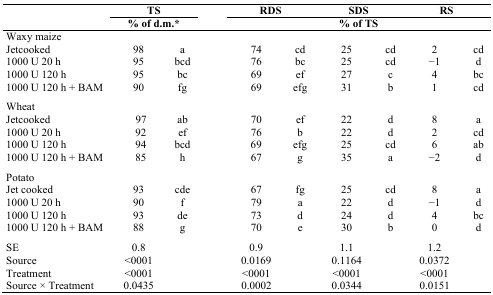
<table><thead><tr><td></td><td colspan="2"><b>TS</b></td><td colspan="2"><b>RDS</b></td><td colspan="2"><b>SDS</b></td><td colspan="2"><b>RS</b></td></tr><tr><td></td><td colspan="2"><b>% of d.m.*</b></td><td colspan="6"><b>% of TS</b></td></tr></thead><tbody><tr><td colspan="9">Waxy maize</td></tr><tr><td>Jetcooked</td><td>98</td><td>a</td><td>74</td><td>cd</td><td>25</td><td>cd</td><td>2</td><td>cd</td></tr><tr><td>1000 U 20 h</td><td>95</td><td>bcd</td><td>76</td><td>bc</td><td>25</td><td>cd</td><td>−1</td><td>d</td></tr><tr><td>1000 U 120 h</td><td>95</td><td>bc</td><td>69</td><td>ef</td><td>27</td><td>c</td><td>4</td><td>bc</td></tr><tr><td>1000 U 120 h + BAM</td><td>90</td><td>fg</td><td>69</td><td>efg</td><td>31</td><td>b</td><td>1</td><td>cd</td></tr><tr><td colspan="9">Wheat</td></tr><tr><td>Jetcooked</td><td>97</td><td>ab</td><td>70</td><td>ef</td><td>22</td><td>d</td><td>8</td><td>a</td></tr><tr><td>1000 U 20 h</td><td>92</td><td>ef</td><td>76</td><td>b</td><td>22</td><td>d</td><td>2</td><td>cd</td></tr><tr><td>1000 U 120 h</td><td>94</td><td>bcd</td><td>69</td><td>efg</td><td>25</td><td>cd</td><td>6</td><td>ab</td></tr><tr><td>1000 U 120 h + BAM</td><td>85</td><td>h</td><td>67</td><td>g</td><td>35</td><td>a</td><td>−2</td><td>d</td></tr><tr><td colspan="9">Potato</td></tr><tr><td>Jet cooked</td><td>93</td><td>cde</td><td>67</td><td>fg</td><td>25</td><td>cd</td><td>8</td><td>a</td></tr><tr><td>1000 U20 h</td><td>90</td><td>f</td><td>79</td><td>a</td><td>22</td><td>d</td><td>−1</td><td>d</td></tr><tr><td>1000 U 120 h</td><td>93</td><td>de</td><td>73</td><td>d</td><td>24</td><td>d</td><td>4</td><td>bc</td></tr><tr><td>1000 U 120 h + BAM</td><td>88</td><td>g</td><td>70</td><td>e</td><td>30</td><td>b</td><td>0</td><td>d</td></tr><tr><td>SE</td><td>0.8</td><td></td><td>0.9</td><td></td><td>1.1</td><td></td><td>1.2</td><td></td></tr><tr><td>Source</td><td>&lt;0001</td><td></td><td>0.0169</td><td></td><td>0.1164</td><td></td><td>0.0372</td><td></td></tr><tr><td>Treatment</td><td>&lt;0001</td><td></td><td>&lt;0001</td><td></td><td>&lt;0001</td><td></td><td>&lt;0001</td><td></td></tr><tr><td>Source × Treatment</td><td>0.0435</td><td></td><td>0.0002</td><td></td><td>0.0344</td><td></td><td>0.0151</td><td></td></tr></tbody></table>